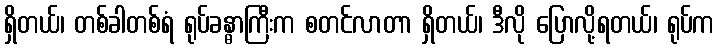
ရှိတယ်၊ တစ်ခါတစ်ရံ ရုပ်ခန္ဓာကြီးက စတင်လာတာ ရှိတယ်၊ ဒီလို ပြောလို့ရတယ်၊ ရုပ်က